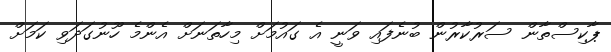
ޕާކިސްތާން ސަރުކާރުން ބުނެފައި ވަނީ އެ ގައުމަށް މިހާތަނަށް އެންމެ ހޫނުގަދަވި ކަމަށް